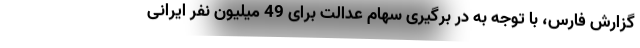
گزارش فارس،‌ با توجه به در برگیری سهام عدالت برای 49 میلیون نفر ایرانی